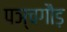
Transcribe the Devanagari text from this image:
पञ्चगौड़